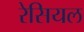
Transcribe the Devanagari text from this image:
रेसियल